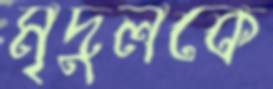
মৃদুলকে